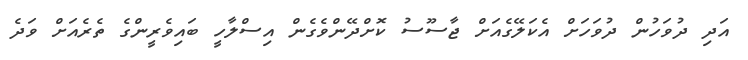
އަދި ދުވަހުން ދުވަހަށް އެކަލޭގެއަށް ޖާސޫސު ކޮށްދޭންވެގެން އިސްލާހީ ބައިވެރީންގެ ތެރެއަށް ވަދެ